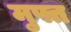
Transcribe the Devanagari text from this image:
म़ुफ्त